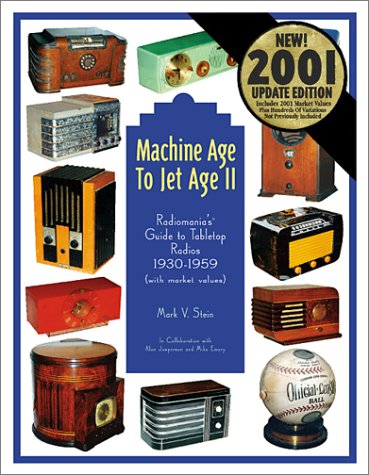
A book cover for Machine Age to Jet Age, Vol. 2:  Radiomania's Guide to Tabletop Radios 1930-1959, with Market Values); Mark V. Stein; Crafts, Hobbies & Home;